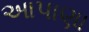
આપાણા